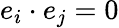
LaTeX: e_{i}\cdot e_{j}=0